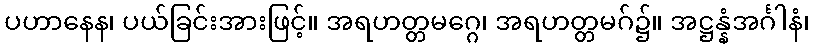
ပဟာနေန၊ ပယ်ခြင်းအားဖြင့်။ အရဟတ္တမဂ္ဂေ၊ အရဟတ္တမဂ်၌။ အဋ္ဌန္နံအင်္ဂါနံ၊